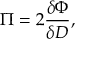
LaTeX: \Pi = 2 \frac { \delta \Phi } { \delta D } ,